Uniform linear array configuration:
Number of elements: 12
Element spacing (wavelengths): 0.25
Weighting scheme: exponential
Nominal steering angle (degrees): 30
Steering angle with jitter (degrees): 31.356
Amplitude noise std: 0.05
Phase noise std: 0.05

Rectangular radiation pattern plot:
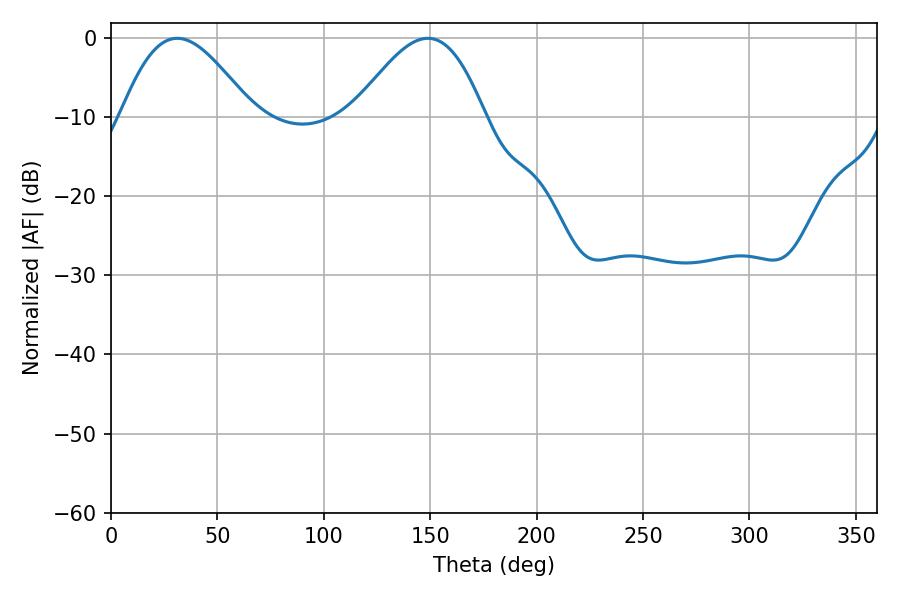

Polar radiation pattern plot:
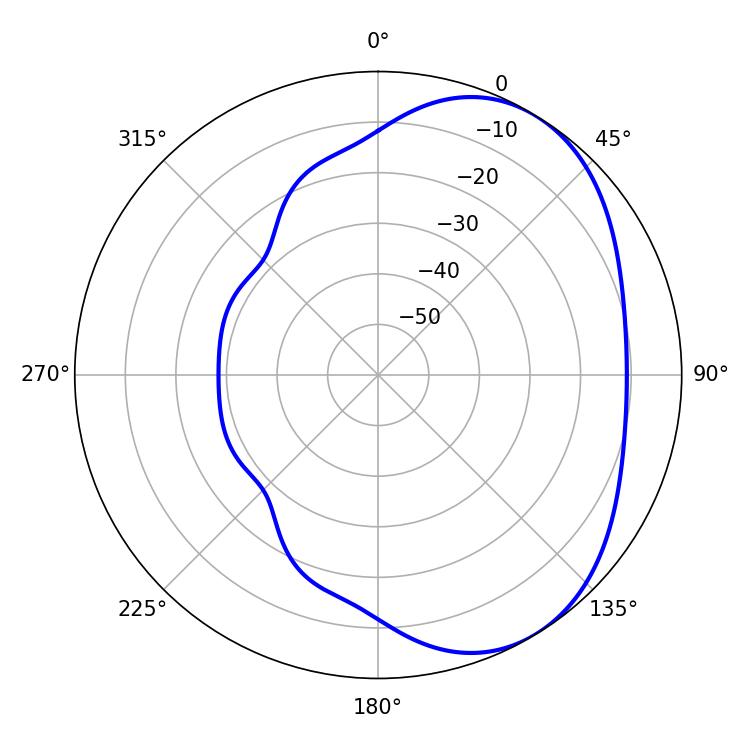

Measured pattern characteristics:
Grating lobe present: FALSE
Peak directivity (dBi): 4.314
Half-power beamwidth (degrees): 33.12
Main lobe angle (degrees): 31.14